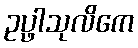
ဥပ္ဖါသုလိကေ